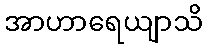
အာဟာရေယျာသိ